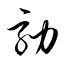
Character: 劾